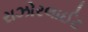
રાઝોરલાઈટ